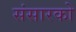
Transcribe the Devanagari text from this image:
संसारको